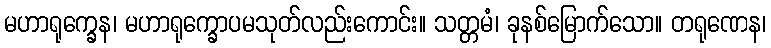
မဟာရုက္ခေန၊ မဟာရုက္ခောပမသုတ်လည်းကောင်း။ သတ္တမံ၊ ခုနစ်မြောက်သော။ တရုဏေန၊